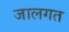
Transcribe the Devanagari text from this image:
जालगत